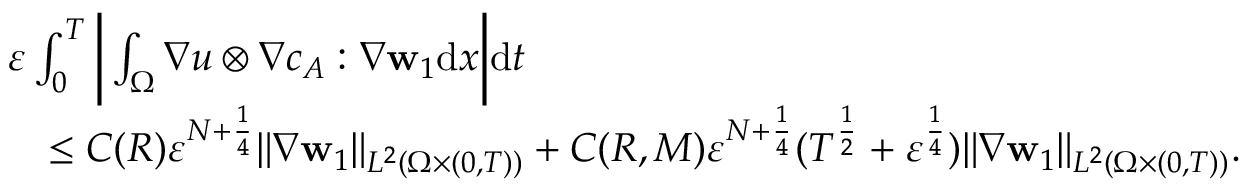
\begin{array} { r l } & { \ensuremath { \varepsilon } \int _ { 0 } ^ { T } \bigg | \int _ { \Omega } \nabla u \otimes \nabla c _ { A } : \nabla \mathbf { w } _ { 1 } \mathrm { d } x \bigg | \mathrm { d } t } \\ & { \quad \leq C ( R ) \ensuremath { \varepsilon } ^ { N + \frac { 1 } { 4 } } \| \nabla \mathbf { w } _ { 1 } \| _ { L ^ { 2 } ( \Omega \times ( 0 , T ) ) } + C ( R , M ) \ensuremath { \varepsilon } ^ { N + \frac { 1 } { 4 } } ( T ^ { \frac 1 2 } + \ensuremath { \varepsilon } ^ { \frac 1 4 } ) \| \nabla \mathbf { w } _ { 1 } \| _ { L ^ { 2 } ( \Omega \times ( 0 , T ) ) } . } \end{array}